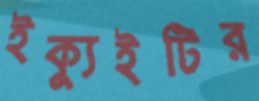
ইক্যুইটির